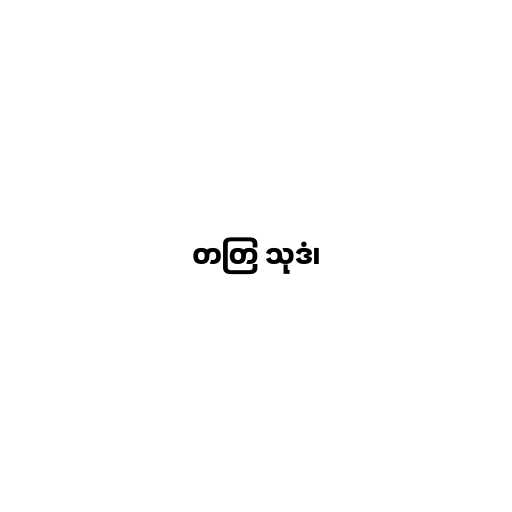
တတြ သုဒံ၊